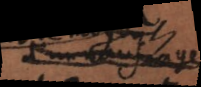
d’un naufrage